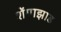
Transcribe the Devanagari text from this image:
शेंगाझाड